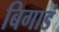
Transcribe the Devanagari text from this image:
बिगाडं